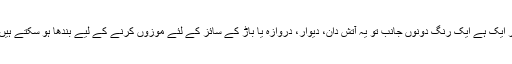
ہر ایک ہے ایک رنگ دونوں جانب تو یہ آتش دان، دیوار، دروازہ یا باڑ کے سائز کے لئے موزوں کرنے کے لیے بندھا ہو سکتے ہیں ۔